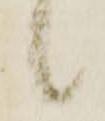
候